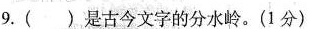
9.( )是古今文字的分水岭。(1分)